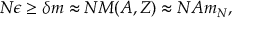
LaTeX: N \epsilon \geq \delta m \approx N M ( A , Z ) \approx N A m _ { N } ,